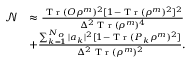
\begin{array} { r l } { \mathcal { N } } & { \approx \frac { \textrm { T r } ( O \rho ^ { m } ) ^ { 2 } [ 1 - \textrm { T r } ( \rho ^ { m } ) ^ { 2 } ] ^ { 2 } } { \Delta ^ { 2 } \textrm { T r } ( \rho ^ { m } ) ^ { 4 } } } \\ & { + \frac { \sum _ { k = 1 } ^ { N _ { o } } | a _ { k } | ^ { 2 } [ 1 - \textrm { T r } ( P _ { k } \rho ^ { m } ) ^ { 2 } ] } { \Delta ^ { 2 } \textrm { T r } ( \rho ^ { m } ) ^ { 2 } } . } \end{array}